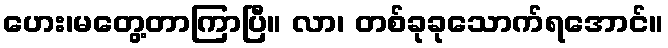
ဟေး၊မတွေ့တာကြာပြီ။ လာ၊ တစ်ခုခုသောက်ရအောင်။